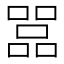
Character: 𠾅